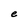
Character: e